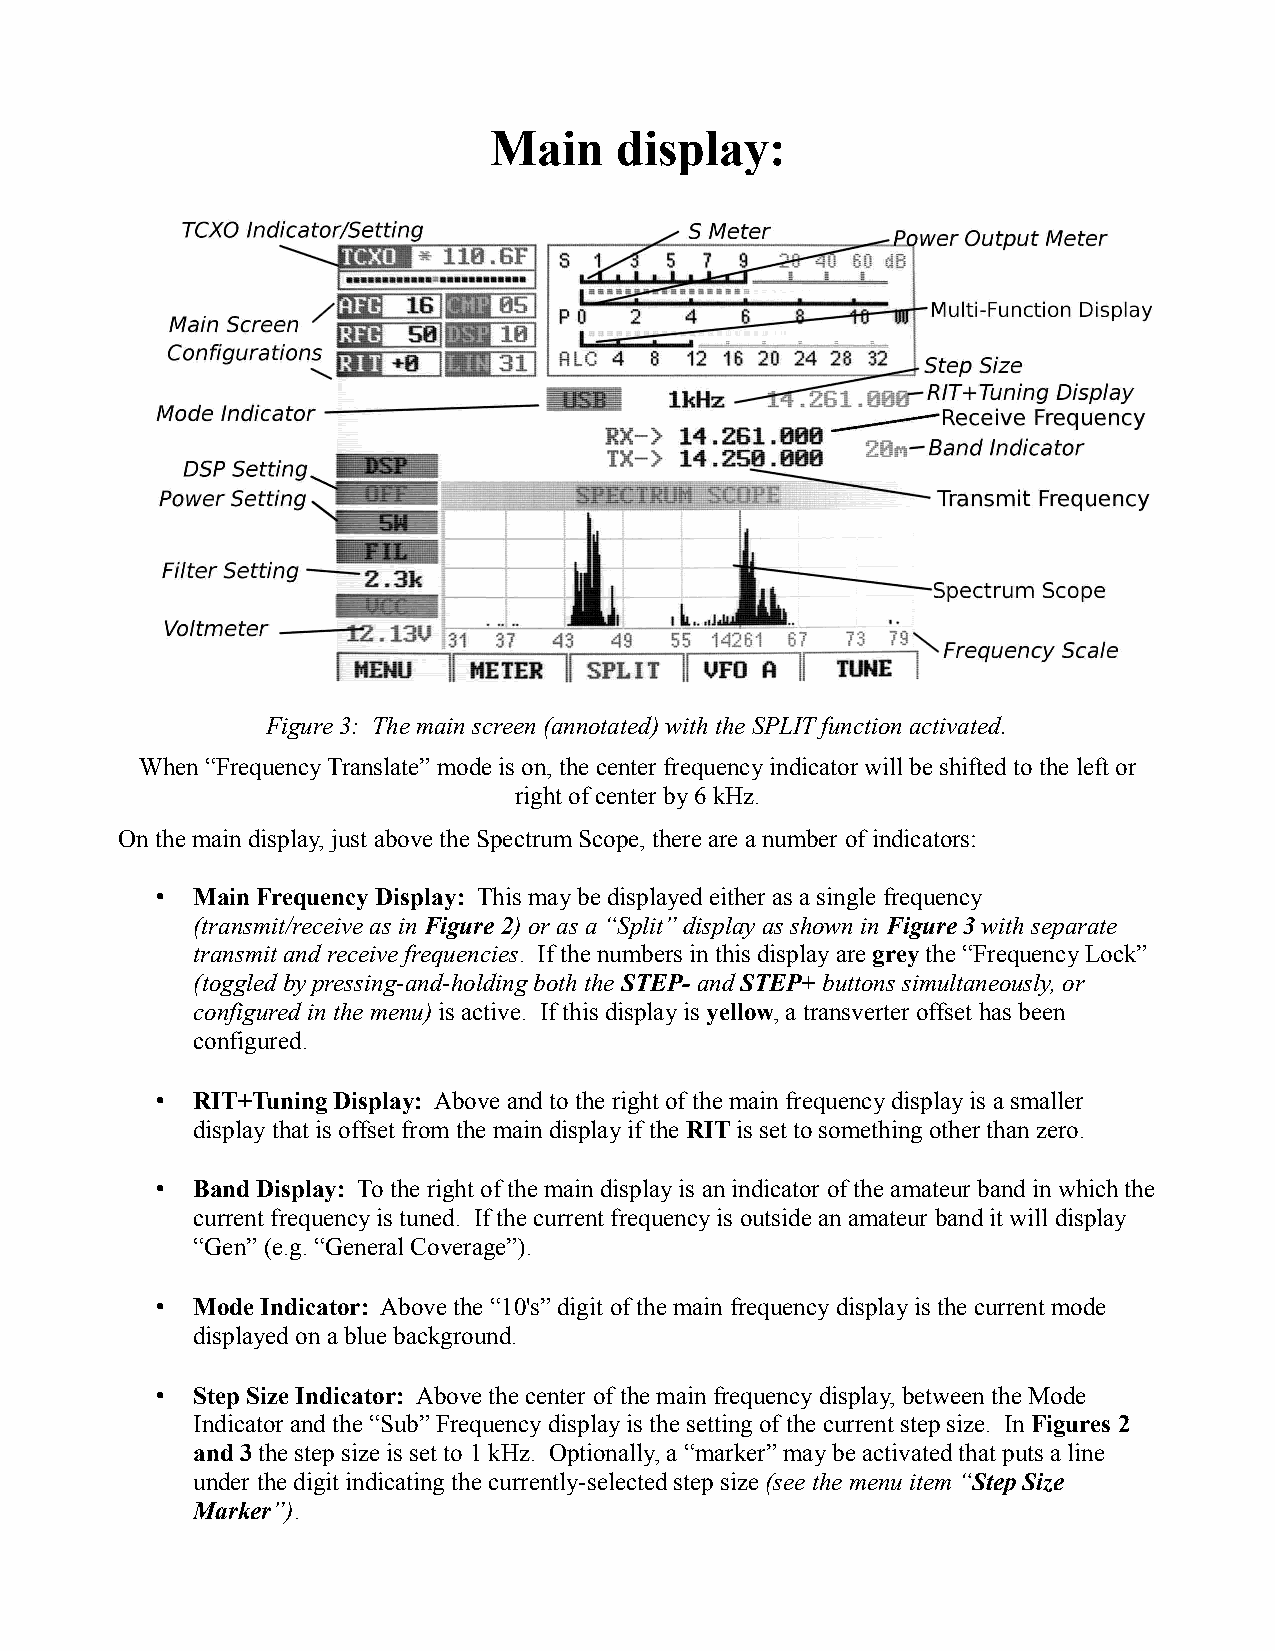
Main     display:
 Figure 3: The main screen (annotated) with the SPLIT function activated.
 When “Frequency Translate” mode is on, the center frequency indicator will be shifted to the left or
 right of center by 6 kHz.
 On the main display, just above the Spectrum Scope, there are a number of indicators:
 •  Main Frequency Display: This may be displayed either as a single frequency
 (transmit/receive as in Figure 2) or as a “Split” display as shown in Figure 3 with separate
 transmit and receive frequencies. If the numbers in this display are grey the “Frequency Lock”
 (toggled by pressing-and-holding both the STEP- and STEP+ buttons simultaneously, or
 configured in the menu) is active. If this display is yellow, a transverter offset has been
 configured.
 •  RIT+Tuning Display: Above and to the right of the main frequency display is a smaller
 display that is offset from the main display if the RIT is set to something other than zero.
 •  Band Display: To the right of the main display is an indicator of the amateur band in which the
 current frequency is tuned. If the current frequency is outside an amateur band it will display
 “Gen” (e.g. “General Coverage”).
 •  Mode Indicator: Above the “10's” digit of the main frequency display is the current mode
 displayed on a blue background.
 •  Step Size Indicator: Above the center of the main frequency display, between the Mode
 Indicator and the “Sub” Frequency display is the setting of the current step size. In Figures 2
 and 3 the step size is set to 1 kHz. Optionally, a “marker” may be activated that puts a line
 under the digit indicating the currently-selected step size (see the menu item “Step Size
 Marker”).